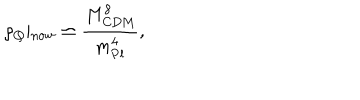
LaTeX: \rho _ { Q } \vert _ { \mathrm { n o w } } \simeq \frac { M _ { \mathrm { C D M } } ^ { 8 } } { m _ { \mathrm { P l } } ^ { 4 } } ,